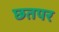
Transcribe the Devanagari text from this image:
छतपर